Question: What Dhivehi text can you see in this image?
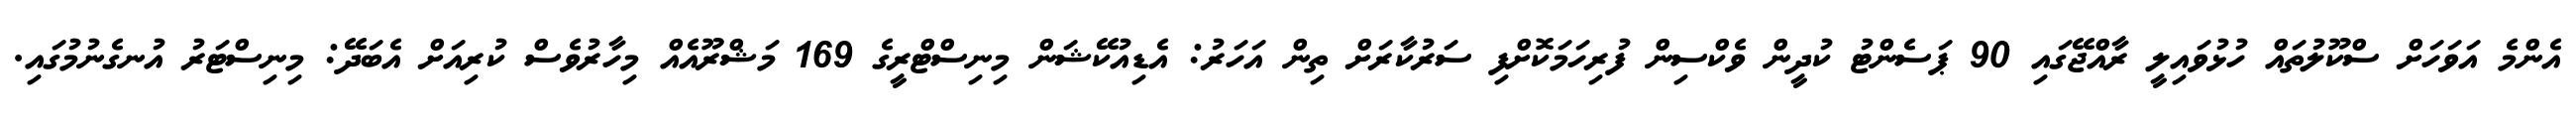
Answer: އެންމެ އަވަހަށް ސްކޫލުތައް ހުޅުވައިލީ ރާއްޖޭގައި 90 ޕަސެންޓު ކުދީން ވެކްސިން ފުރިހަމަކޮށްފި ސަރުކާރަށް ތިން އަހަރު: އެޑިއުކޭޝަން މިނިސްޓްރީގެ 169 މަޝްރޫއެއް މިހާރުވެސް ކުރިއަށް އެބަދޭ: މިނިސްޓަރު އުނގެނުމުގައި.